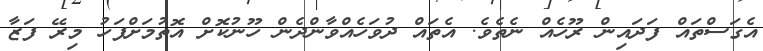
އެގަސްތައް ފަދައިން ރޫހެއް ނެތެވެ. އެތައް ދުވަހެއްވާންދެން ހޫނުކޮށް އޮތުމަށްފަހު މިރޭ ފަޒާ